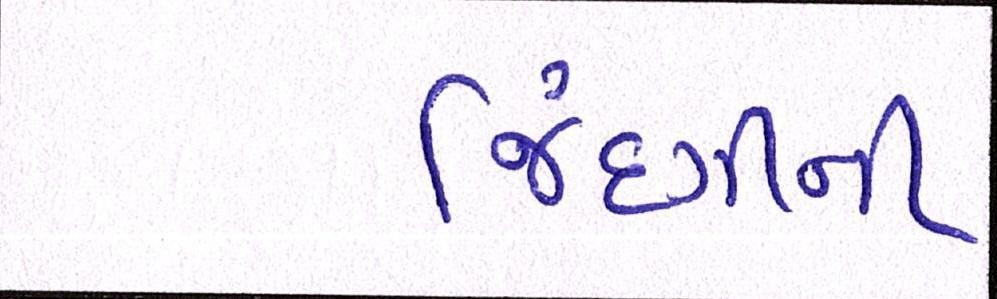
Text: જિંદગીની